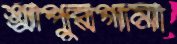
শ্রীপুরগামী